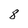
Character: 8